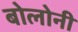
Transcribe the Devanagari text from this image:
बोलोनी